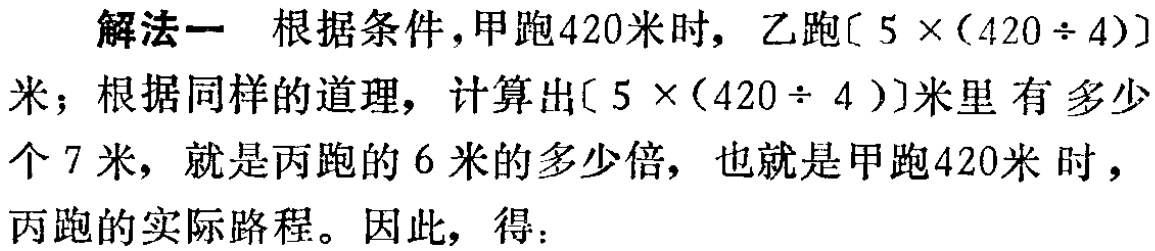
解法一 根据条件，甲跑420米时，乙跑\[5\times(420\div4)\]米；根据同样的道理，计算出\[5\times(420\div 4)\]米里有多少个7米，就是丙跑的6米的多少倍，也就是甲跑420米 时 ，丙跑的实际路程。因此，得：